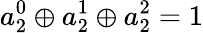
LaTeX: a_{2}^{0}\oplus a_{2}^{1}\oplus a_{2}^{2}=1